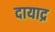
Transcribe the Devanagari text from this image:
दायाद्र